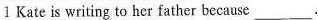
1 Kate is writing to her father because___.